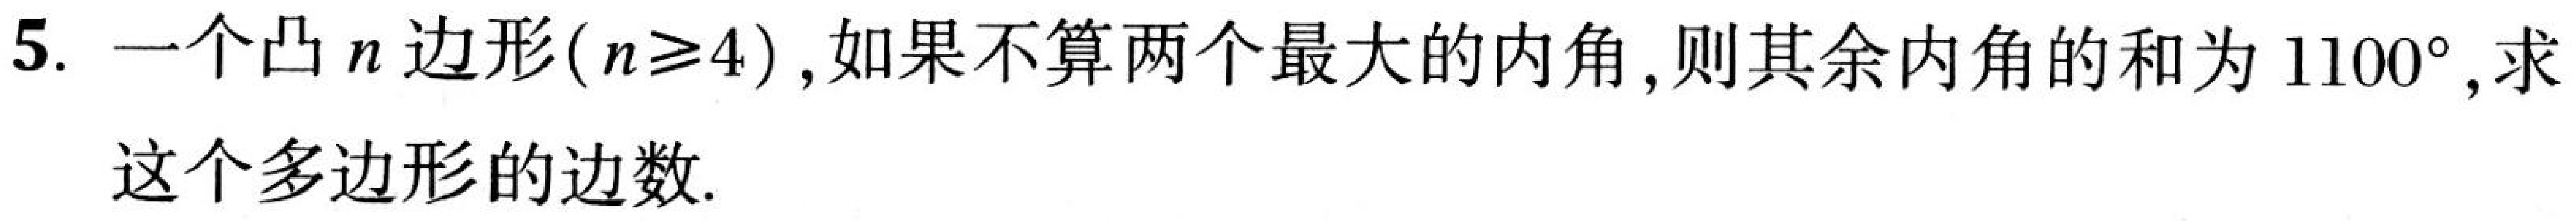
5. 一个凸\(n\)边形\((n\geq4)\)，如果不算两个最大的内角，则其余内角的和为\(1100^{\circ}\)，求
这个多边形的边数.